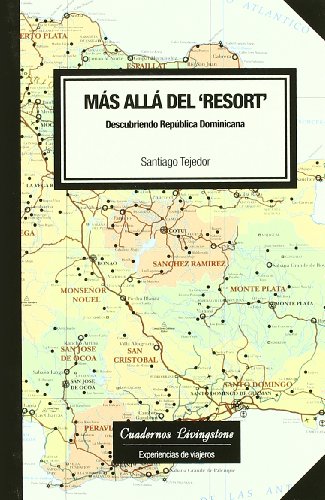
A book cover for Mas alla del resort/ Further than the Resort: Descubriendo Republica Dominicana/ Discovering Dominican Republic (Spanish Edition); Santiago Tejedor; Travel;